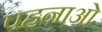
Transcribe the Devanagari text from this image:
पहनाओ